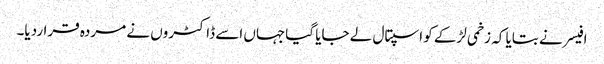
افیسر نے بتایا کہ زخمی لڑکے کو اسپتال لے جایا گیاجہاں اسے ڈاکٹروں نے مردہ قراردیا۔